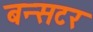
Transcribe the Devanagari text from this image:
बन्सटर